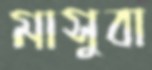
মাসুবা